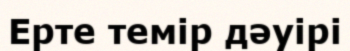
Ерте темір дәуірі